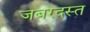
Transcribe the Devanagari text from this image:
जबरदस्त